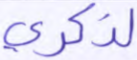
لذكري